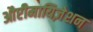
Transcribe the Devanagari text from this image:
औप्टीमायिज़ेशन